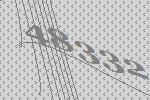
48332